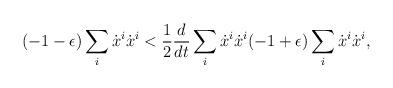
LaTeX: \begin{align*}(-1- \epsilon) \sum_i \dot{x}^i \dot{x}^i < \frac{1}{2} \frac{d}{dt} \sum_i \dot{x}^i \dot{x}^i (-1 +\epsilon) \sum_i \dot{x}^i \dot{x}^i,\end{align*}